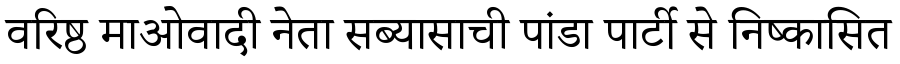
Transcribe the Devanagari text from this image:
वरिष्ठ माओवादी नेता सब्यासाची पांडा पार्टी से निष्कासित